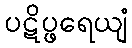
ပဋိပ္ဖရေယျံ